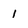
Character: 1